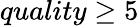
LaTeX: quality\ge 5